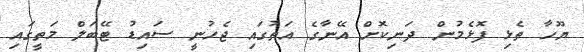
ޔޫހާ ތެޅި ފޮޅެމުން ދަނިކޮށް އޭނާގެ އަތުގައި ޖެހުނީ ސައިޑު ޓޭބަލް މަތީގައި